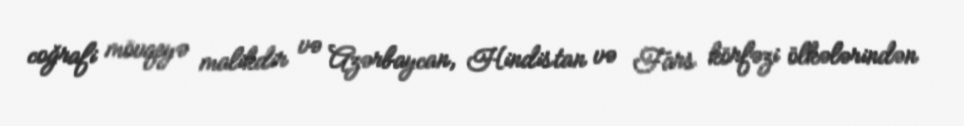
coğrafi mövqeyə malikdir və Azərbaycan, Hindistan və Fars körfəzi ölkələrindən